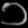
Digit: ၁